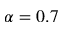
\alpha = 0 . 7